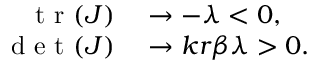
\begin{array} { r l } { \mathrm { ~ t ~ r ~ } ( J ) } & { { } \to - \lambda < 0 , } \\ { \mathrm { ~ d ~ e ~ t ~ } ( J ) } & { { } \to k r \beta \lambda > 0 . } \end{array}